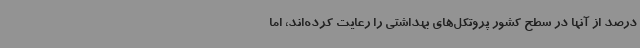
درصد از آنها در سطح کشور پروتکل‌های بهداشتی را رعایت کرده‌اند، اما